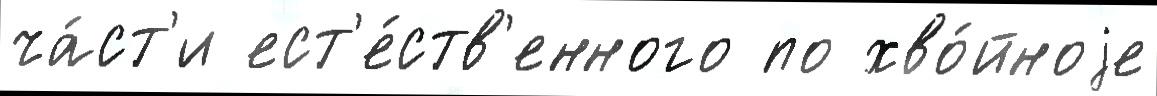
ча́ст'и ест'е́ств'енного по хво́йноjе